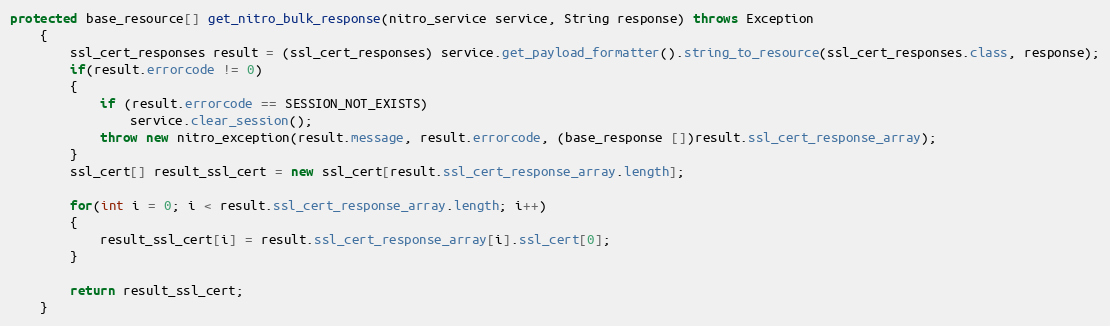
Language: Java
protected base_resource[] get_nitro_bulk_response(nitro_service service, String response) throws Exception
	{
		ssl_cert_responses result = (ssl_cert_responses) service.get_payload_formatter().string_to_resource(ssl_cert_responses.class, response);
		if(result.errorcode != 0)
		{
			if (result.errorcode == SESSION_NOT_EXISTS)
				service.clear_session();
			throw new nitro_exception(result.message, result.errorcode, (base_response [])result.ssl_cert_response_array);
		}
		ssl_cert[] result_ssl_cert = new ssl_cert[result.ssl_cert_response_array.length];

		for(int i = 0; i < result.ssl_cert_response_array.length; i++)
		{
			result_ssl_cert[i] = result.ssl_cert_response_array[i].ssl_cert[0];
		}

		return result_ssl_cert;
	}